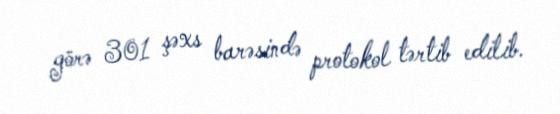
görə 301 şəxs barəsində protokol tərtib edilib.